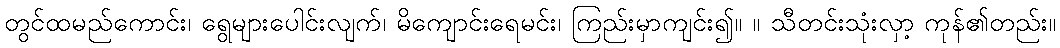
တွင်ထမည်ကောင်း၊ ရွေများပေါင်းလျက်၊ မိကျောင်းရေမင်း၊ ကြည်းမှာကျင်း၍။ ။ သီတင်းသုံးလှာ့ ကုန်၏တည်း။